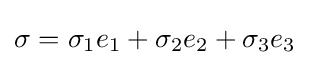
\sigma =\sigma _{1}e_{1}+\sigma _{2}e_{2}+\sigma _{3}e_{3}